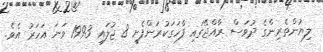
ލިޔުންތެރިންގެ ދުވަސް ރާއްޖޭގައި ފާހަގަކުރަންފެށީ 8 ޖުލައި 1993 ވަނަ އަހަރު އެވެ.